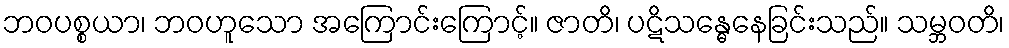
ဘဝပစ္စယာ၊ ဘဝဟူသော အကြောင်းကြောင့်။ ဇာတိ၊ ပဋိသန္ဓေနေခြင်းသည်။ သမ္ဘဝတိ၊